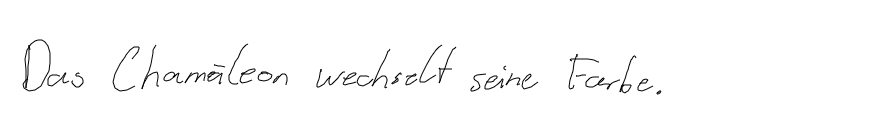
Das Chamäleon wechselt seine Farbe.